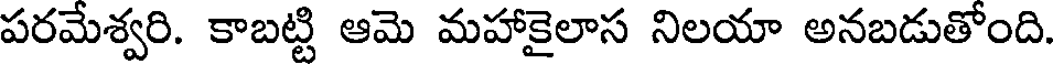
పరమేశ్వరి. కాబట్టి ఆమె మహాకైలాస నిలయా అనబడుతోంది.